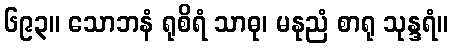
၆၉၃။ သောဘနံ ရုစိရံ သာဓု၊ မနုညံ စာရု သုန္ဒရံ။